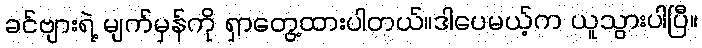
ခင်ဗျားရဲ့ မျက်မှန်ကို ရှာတွေ့ထားပါတယ်။ဒါပေမယ့်က ယူသွားပါပြီ။